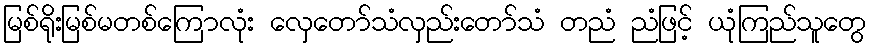
မြစ်ရိုးမြစ်မတစ်ကြောလုံး လှေတော်သံလှည်းတော်သံ တညံ ညံဖြင့် ယုံကြည်သူတွေ